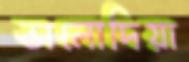
ভালোদিয়া